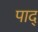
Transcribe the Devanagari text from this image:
पाद्